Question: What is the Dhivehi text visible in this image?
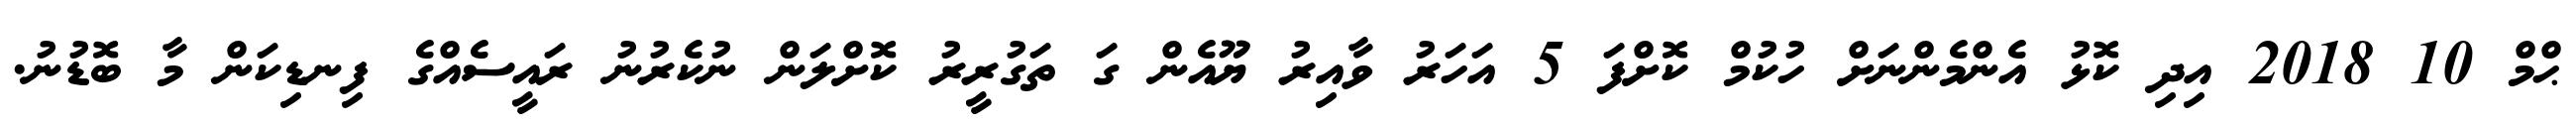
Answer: ޙްމް 10 2018 އިދި ކޮޅު އެންމެންނަށް ހުކުމް ކޮށްފަ 5 އަހަރު ވާއިރު ޔޫއެން ގަ ތަގުރީރު ކޮށްލަން ނުކެރުނު ރައީސެއްގެ ފިނޑިކަން މާ ބޮޑުނު.